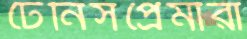
টেনিসপ্রেমীরা